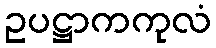
ဥပဋ္ဌာကကုလံ